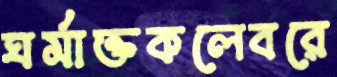
ঘর্মাক্তকলেবরে